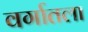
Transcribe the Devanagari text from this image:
वर्गातला